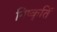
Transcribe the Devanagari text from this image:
निष्कृतिं